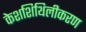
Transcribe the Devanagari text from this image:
केशशिथिलीकरण